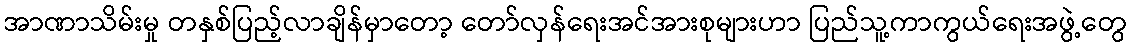
အာဏာသိမ်းမှု တနှစ်ပြည့်လာချိန်မှာတော့ တော်လှန်ရေးအင်အားစုများဟာ ပြည်သူ့ကာကွယ်ရေးအဖွဲ့တွေ